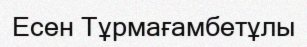
Есен Тұрмағамбетұлы